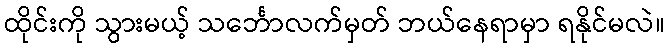
ထိုင်းကို သွားမယ့် သင်္ဘောလက်မှတ် ဘယ်နေရာမှာ ရနိုင်မလဲ။